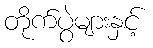
တိုက်ပွဲများနှင့်